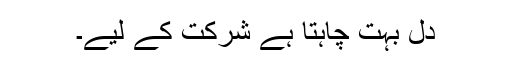
دل بہت چاہتا ہے شرکت کے لیے۔